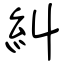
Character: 糾